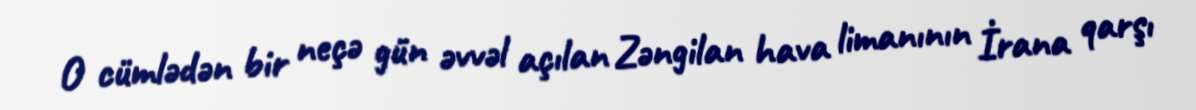
O cümlədən bir neçə gün əvvəl açılan Zəngilan hava limanının İrana qarşı